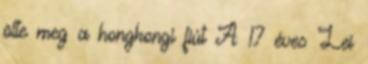
ölte meg a hongkongi fiút A 17 éves Lei